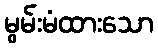
မွမ်းမံထားသော